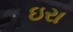
ઇરા